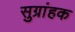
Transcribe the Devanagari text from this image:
सुग्रांहक